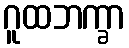
ဂူထဘက္ခာ